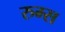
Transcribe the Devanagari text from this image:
रुम्स